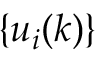
\{ u _ { i } ( k ) \}